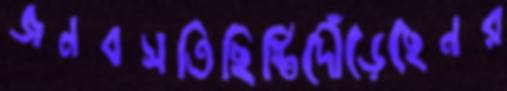
জনবসতিছিষ্টিদৌঁড়েছেনর